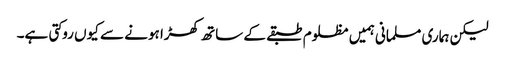
لیکن ہماری مسلمانی ہمیں مظلوم طبقے کے ساتھ کھڑا ہونے سے کیوں روکتی ہے۔